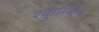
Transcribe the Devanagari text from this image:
श्कुम्बिन